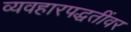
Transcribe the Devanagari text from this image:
व्यवहारपद्धतींवर